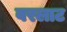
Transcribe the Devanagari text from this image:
वरलाट